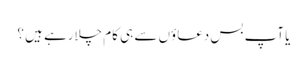
یا آپ بس دعاؤں سے ہی کام چلارہے ہیں ؟